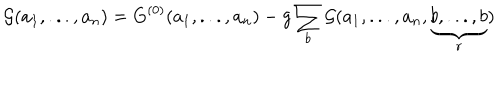
{ { \cal G } } ( a _ { 1 } , . . . , a _ { n } ) = { G } ^ { ( 0 ) } ( a _ { 1 } , . . . , a _ { n } ) - g \sum _ { b } { { \cal G } } ( a _ { 1 } , . . . , a _ { n } , \underbrace { b , . . . , b } _ { r } )